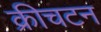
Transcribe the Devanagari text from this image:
क्रीचटन